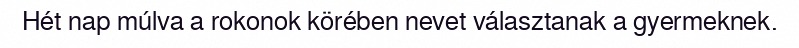
Hét nap múlva a rokonok körében nevet választanak a gyermeknek.